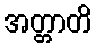
အတ္တာတိ